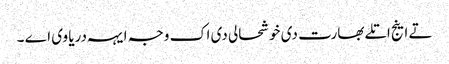
تے اینج اتلے بھارت دی خوشحالی دی اک وجہ ایہہ دریا وی اے ۔